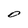
Character: D